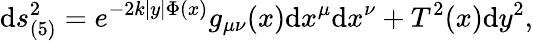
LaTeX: \mathrm{d}s_{(5)}^{2}=e^{-2k|y|\Phi(x)}g_{\mu\nu}(x)\mathrm{d}x^{\mu}\mathrm{d}x^{\nu}+T^{2}(x)\mathrm{d}y^{2},